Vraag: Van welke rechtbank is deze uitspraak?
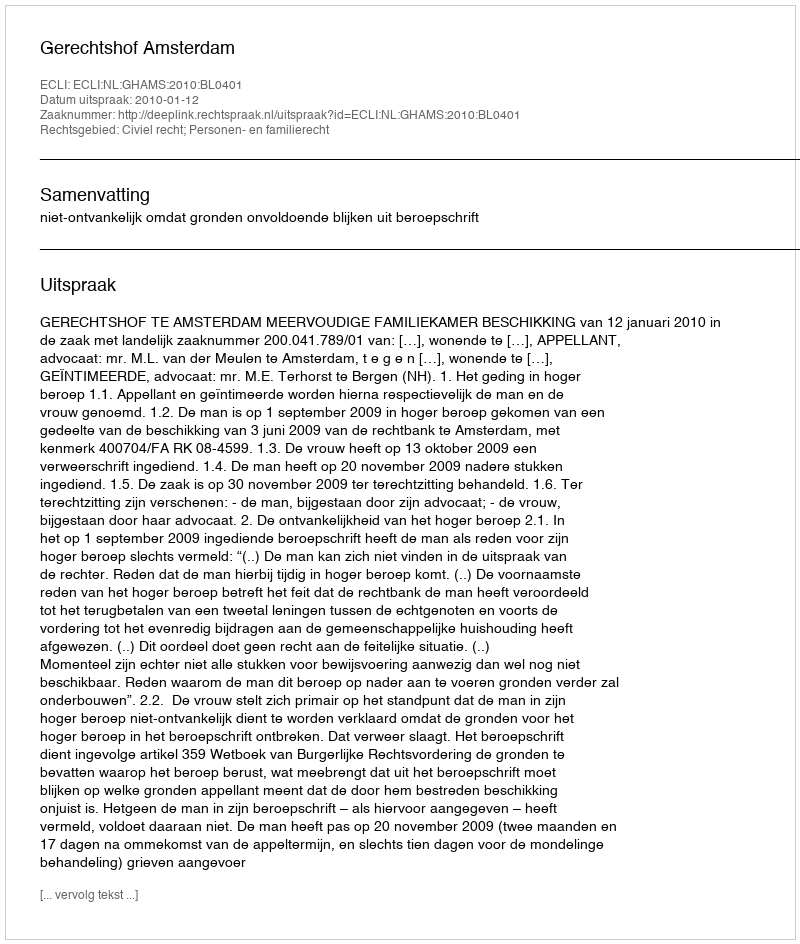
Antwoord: Gerechtshof Amsterdam